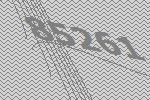
85261